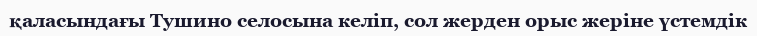
қаласындағы Тушино селосына келіп, сол жерден орыс жеріне үстемдік